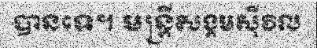
បានទេ។ មន្ត្រីសង្គមស៊ីវិល